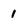
Character: 1